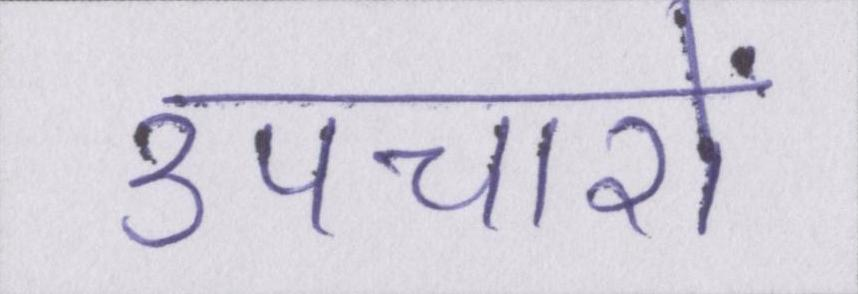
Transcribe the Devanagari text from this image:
उपचारों